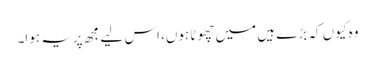
وہ کیوں کہ بڑے ہیں میں چھوٹا ہوں، اس لیے مجھ پریہ ہوا۔